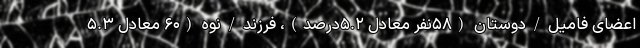
اعضای فامیل/دوستان (۵۸نفر معادل ۵.۲درصد)، فرزند/نوه (۶۰ معادل ۵.۳